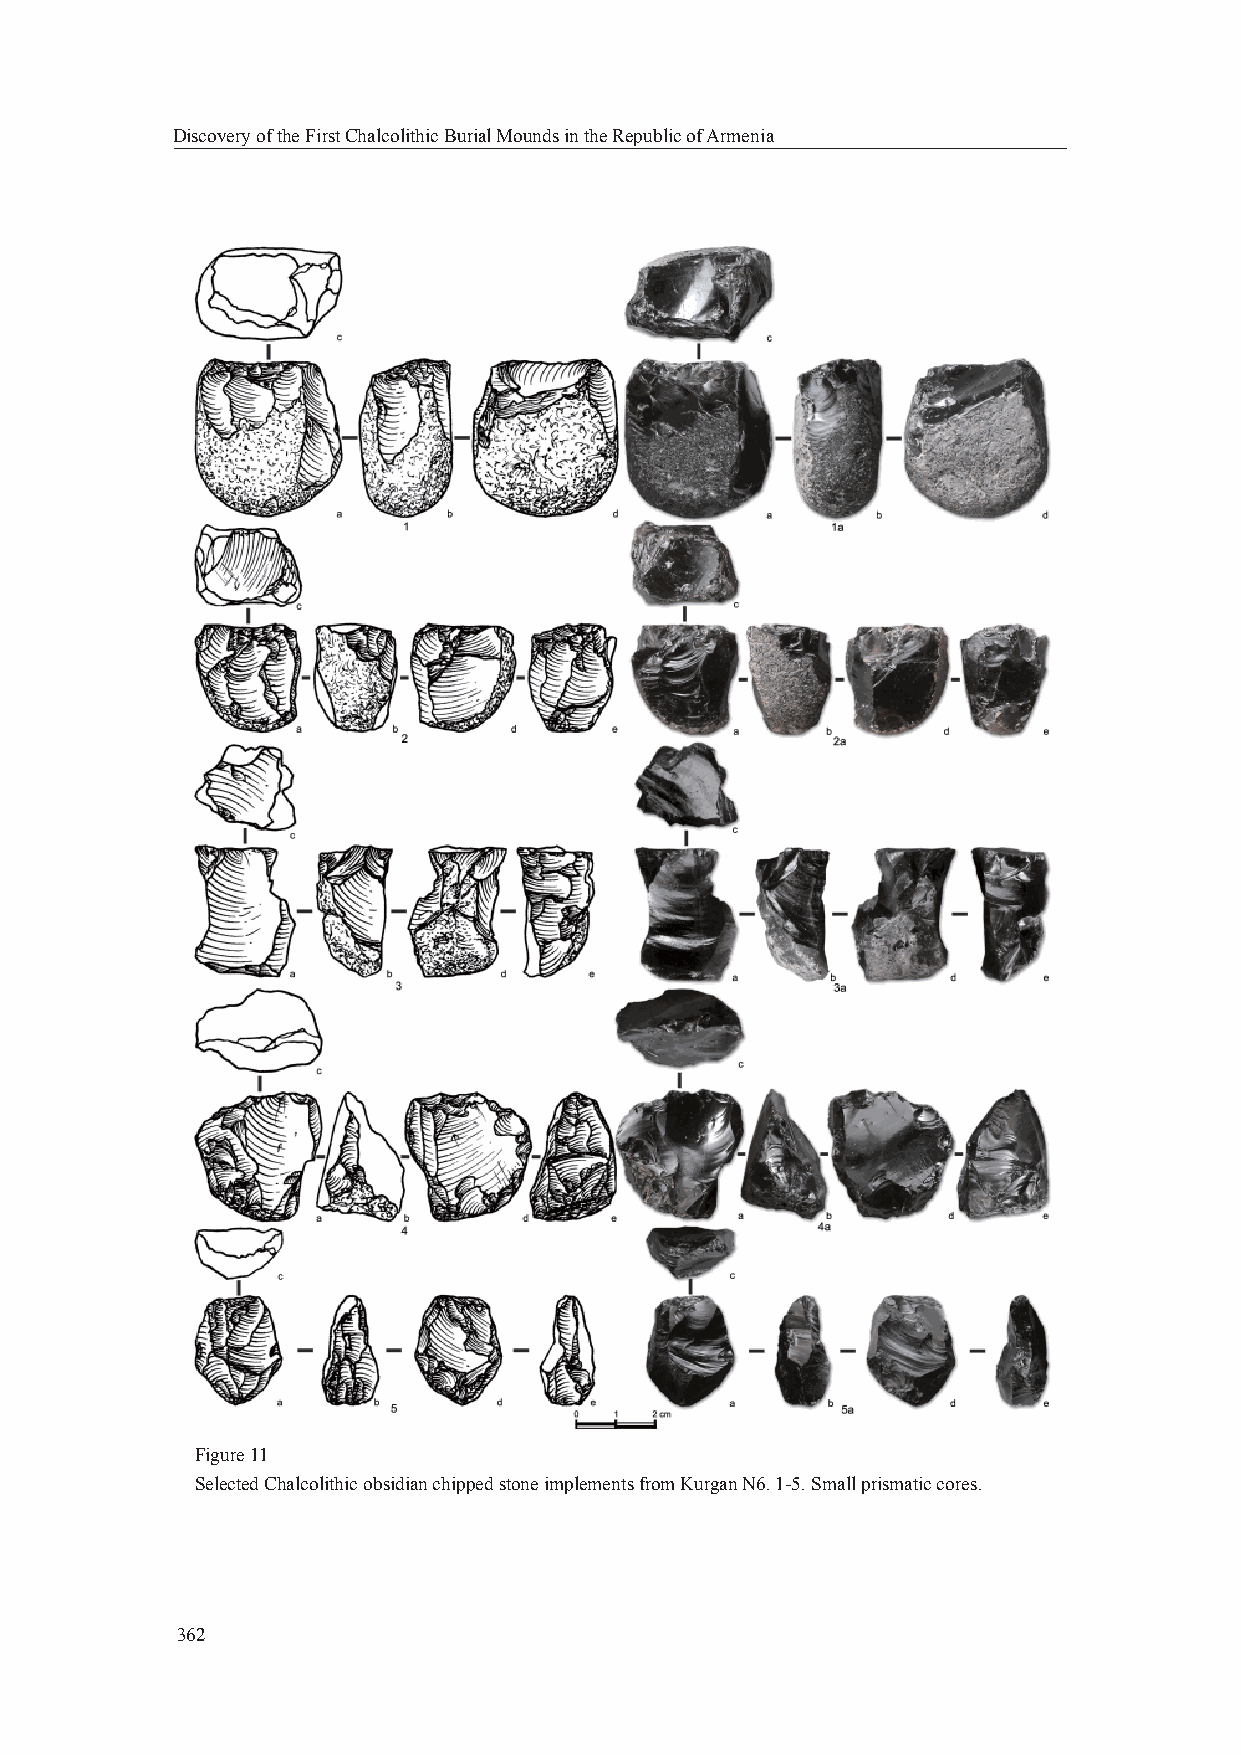
Discovery of the First Chalcolithic Burial Mounds in the Republic of Armenia
 Figure 11
 Selected Chalcolithic obsidian chipped stone implements from Kurgan N6. 1-5. Small prismatic cores.
 362